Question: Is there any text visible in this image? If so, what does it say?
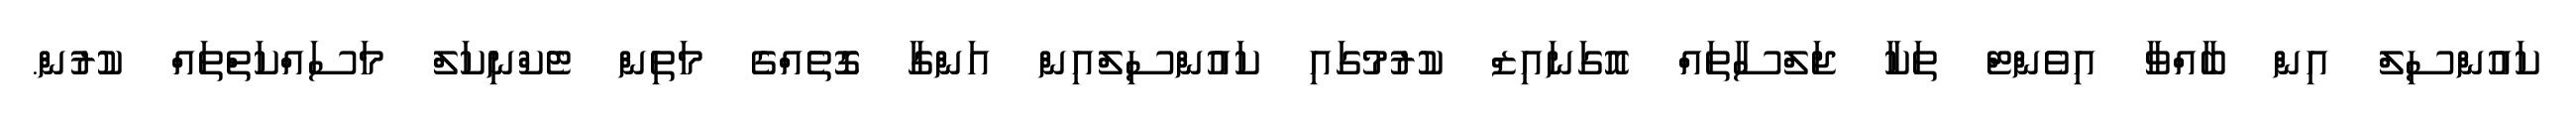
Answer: ކައުންސިލް އިން ބާއްވާ އިވެންޓް ތަކާ ޖަލްސާތައް އޮގަނައިޒް ކުރުމުގައި ކައުންސިލްއިން އަންގާ ގޮތެއްގެ މަތިން ޓެކްނިކަލް މަސައްކަތްތައް ކުރުން.